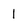
Character: I